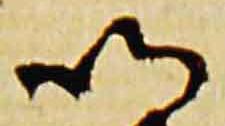
以